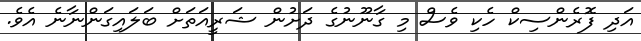
އަދި ފޮރެންސިކް ހެކި ވެސް މި ގާނޫނުގެ ދަށުން ޝަރީއަތަށް ބަލައިގަންނާނެ އެވެ.